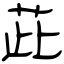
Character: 茈